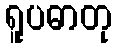
ရူပဓာတု